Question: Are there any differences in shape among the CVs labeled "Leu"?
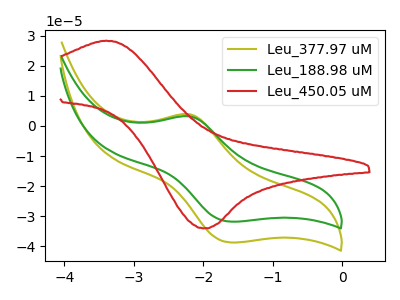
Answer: <think>The olive curve "Leu_377.97 uM" has an anodic peak at (-2.20V, 3.90uA) and a cathodic peak at (-1.60V, -38.70uA). The green curve "Leu_188.98 uM" has an anodic peak at (-2.20V, 3.20uA) and a cathodic peak at (-1.60V, -31.75uA). The red curve "Leu_450.05 uM" has an anodic peak at (-3.40V, 28.30uA) and a cathodic peak at (-2.00V, -34.00uA).
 All the peaks in "Leu_377.97 uM" have a peak in "Leu_188.98 uM" at the same potential. Every peak in "Leu_377.97 uM" is higher than every peak in "Leu_188.98 uM". "Leu_377.97 uM" and "Leu_450.05 uM" have at least one peak that do not match. "Leu_188.98 uM" and "Leu_450.05 uM" have at least one peak that do not match.</think>
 <answer>All the CV's of "Leu" have similar shape.</answer>
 <eval>follow_rule</eval>